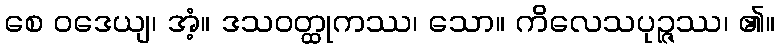
စေ ဝဒေယျ၊ အံ့။ ဒသဝတ္ထုကဿ၊ သော။ ကိလေသပုဉ္ဇဿ၊ ၏။